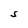
Character: S